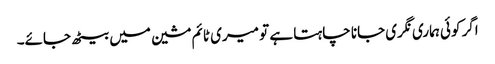
اگر کوئی ہماری نگری جانا چاہتا ہے تو میری ٹائم مشین میں بیٹھ جائے۔